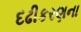
દઢીકરણના